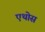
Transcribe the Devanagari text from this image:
एथोस